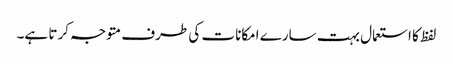
لفظ کا استعمال بہت سارے امکانات کی طرف متوجہ کرتا ہے۔